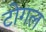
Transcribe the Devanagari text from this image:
टोगल